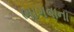
ભાગવાના